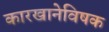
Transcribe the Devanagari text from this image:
कारखानेविषक